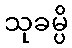
သုခမ္ပိ